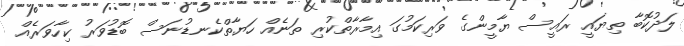
ލަދުކޮބާ ތިޔައީ ރައީސް ޔާމީންގެ ވަރިކަމުގަ އިމާރާތްކުރި ތަނެއް ހަޔާތްކެނޑުނަސް ބޮޑުވަރު ކިހާވަރެއް